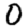
Digit: 0